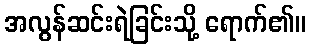
အလွန်ဆင်းရဲခြင်းသို့ ရောက်၏။